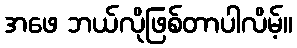
အဖေ ဘယ်လိုဖြစ်တာပါလိမ့်။